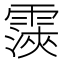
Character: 𮦨